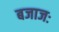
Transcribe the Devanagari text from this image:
बजाजः